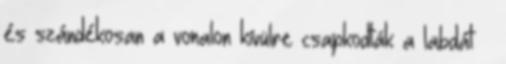
és szándékosan a vonalon kívülre csapkodták a labdát –